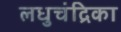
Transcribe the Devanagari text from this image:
लधुचंद्रिका